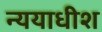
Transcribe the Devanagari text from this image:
न्ययाधीश